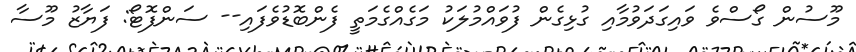
މޫސުން ގޯސްވެ ވައިގަދަވުމާއި ގުޅިގެން ފުވައްމުލަކު މަގެއްގެމަތީ ފެންބޮޑުވެފައި-- ސަންފޮޓޯ: ފަޔާޒު މޫސާ